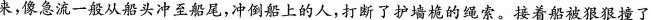
来，像急流一般从船头冲至船尾，冲倒船上的人，打断了护墙桅的绳索。接着船被狠狠撞了